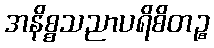
အနိစ္စသညာပရိစိတဉ္စ